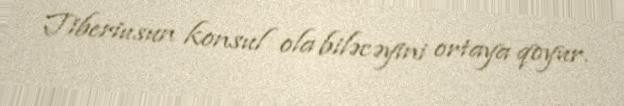
Tiberiusun konsul ola biləcəyini ortaya qoyur.